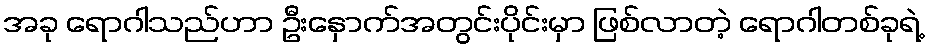
အခု ရောဂါသည်ဟာ ဦးနှောက်အတွင်းပိုင်းမှာ ဖြစ်လာတဲ့ ရောဂါတစ်ခုရဲ့